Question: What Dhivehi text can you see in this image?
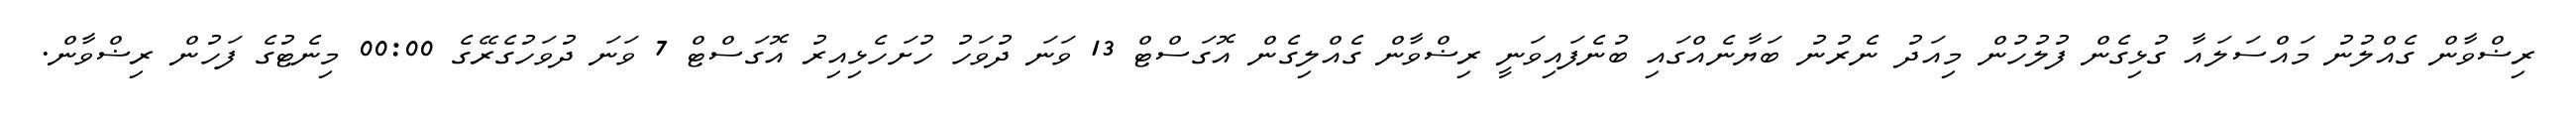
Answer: ރިޟްވާން ގެއްލުނު މައްސަލައާ ގުޅިގެން ފުލުހުން މިއަދު ނެރުނު ބަޔާނެއްގައި ބުނެފައިވަނީ ރިޟްވާން ގެއްލިގެން އޮގަސްޓް 13 ވަނަ ދުވަހު ހުށަހެޅިއިރު އޮގަސްޓް 7 ވަނަ ދުވަހުގެރޭގެ 00:00 މިނެޓުގެ ފަހުން ރިޟްވާން.